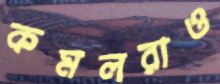
কমলরাও